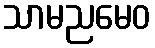
သာမညမေဝ